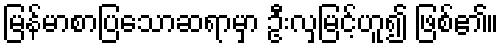
မြန်မာစာပြသောဆရာမှာ ဦးလှမြင့်ဟူ၍ ဖြစ်၏။